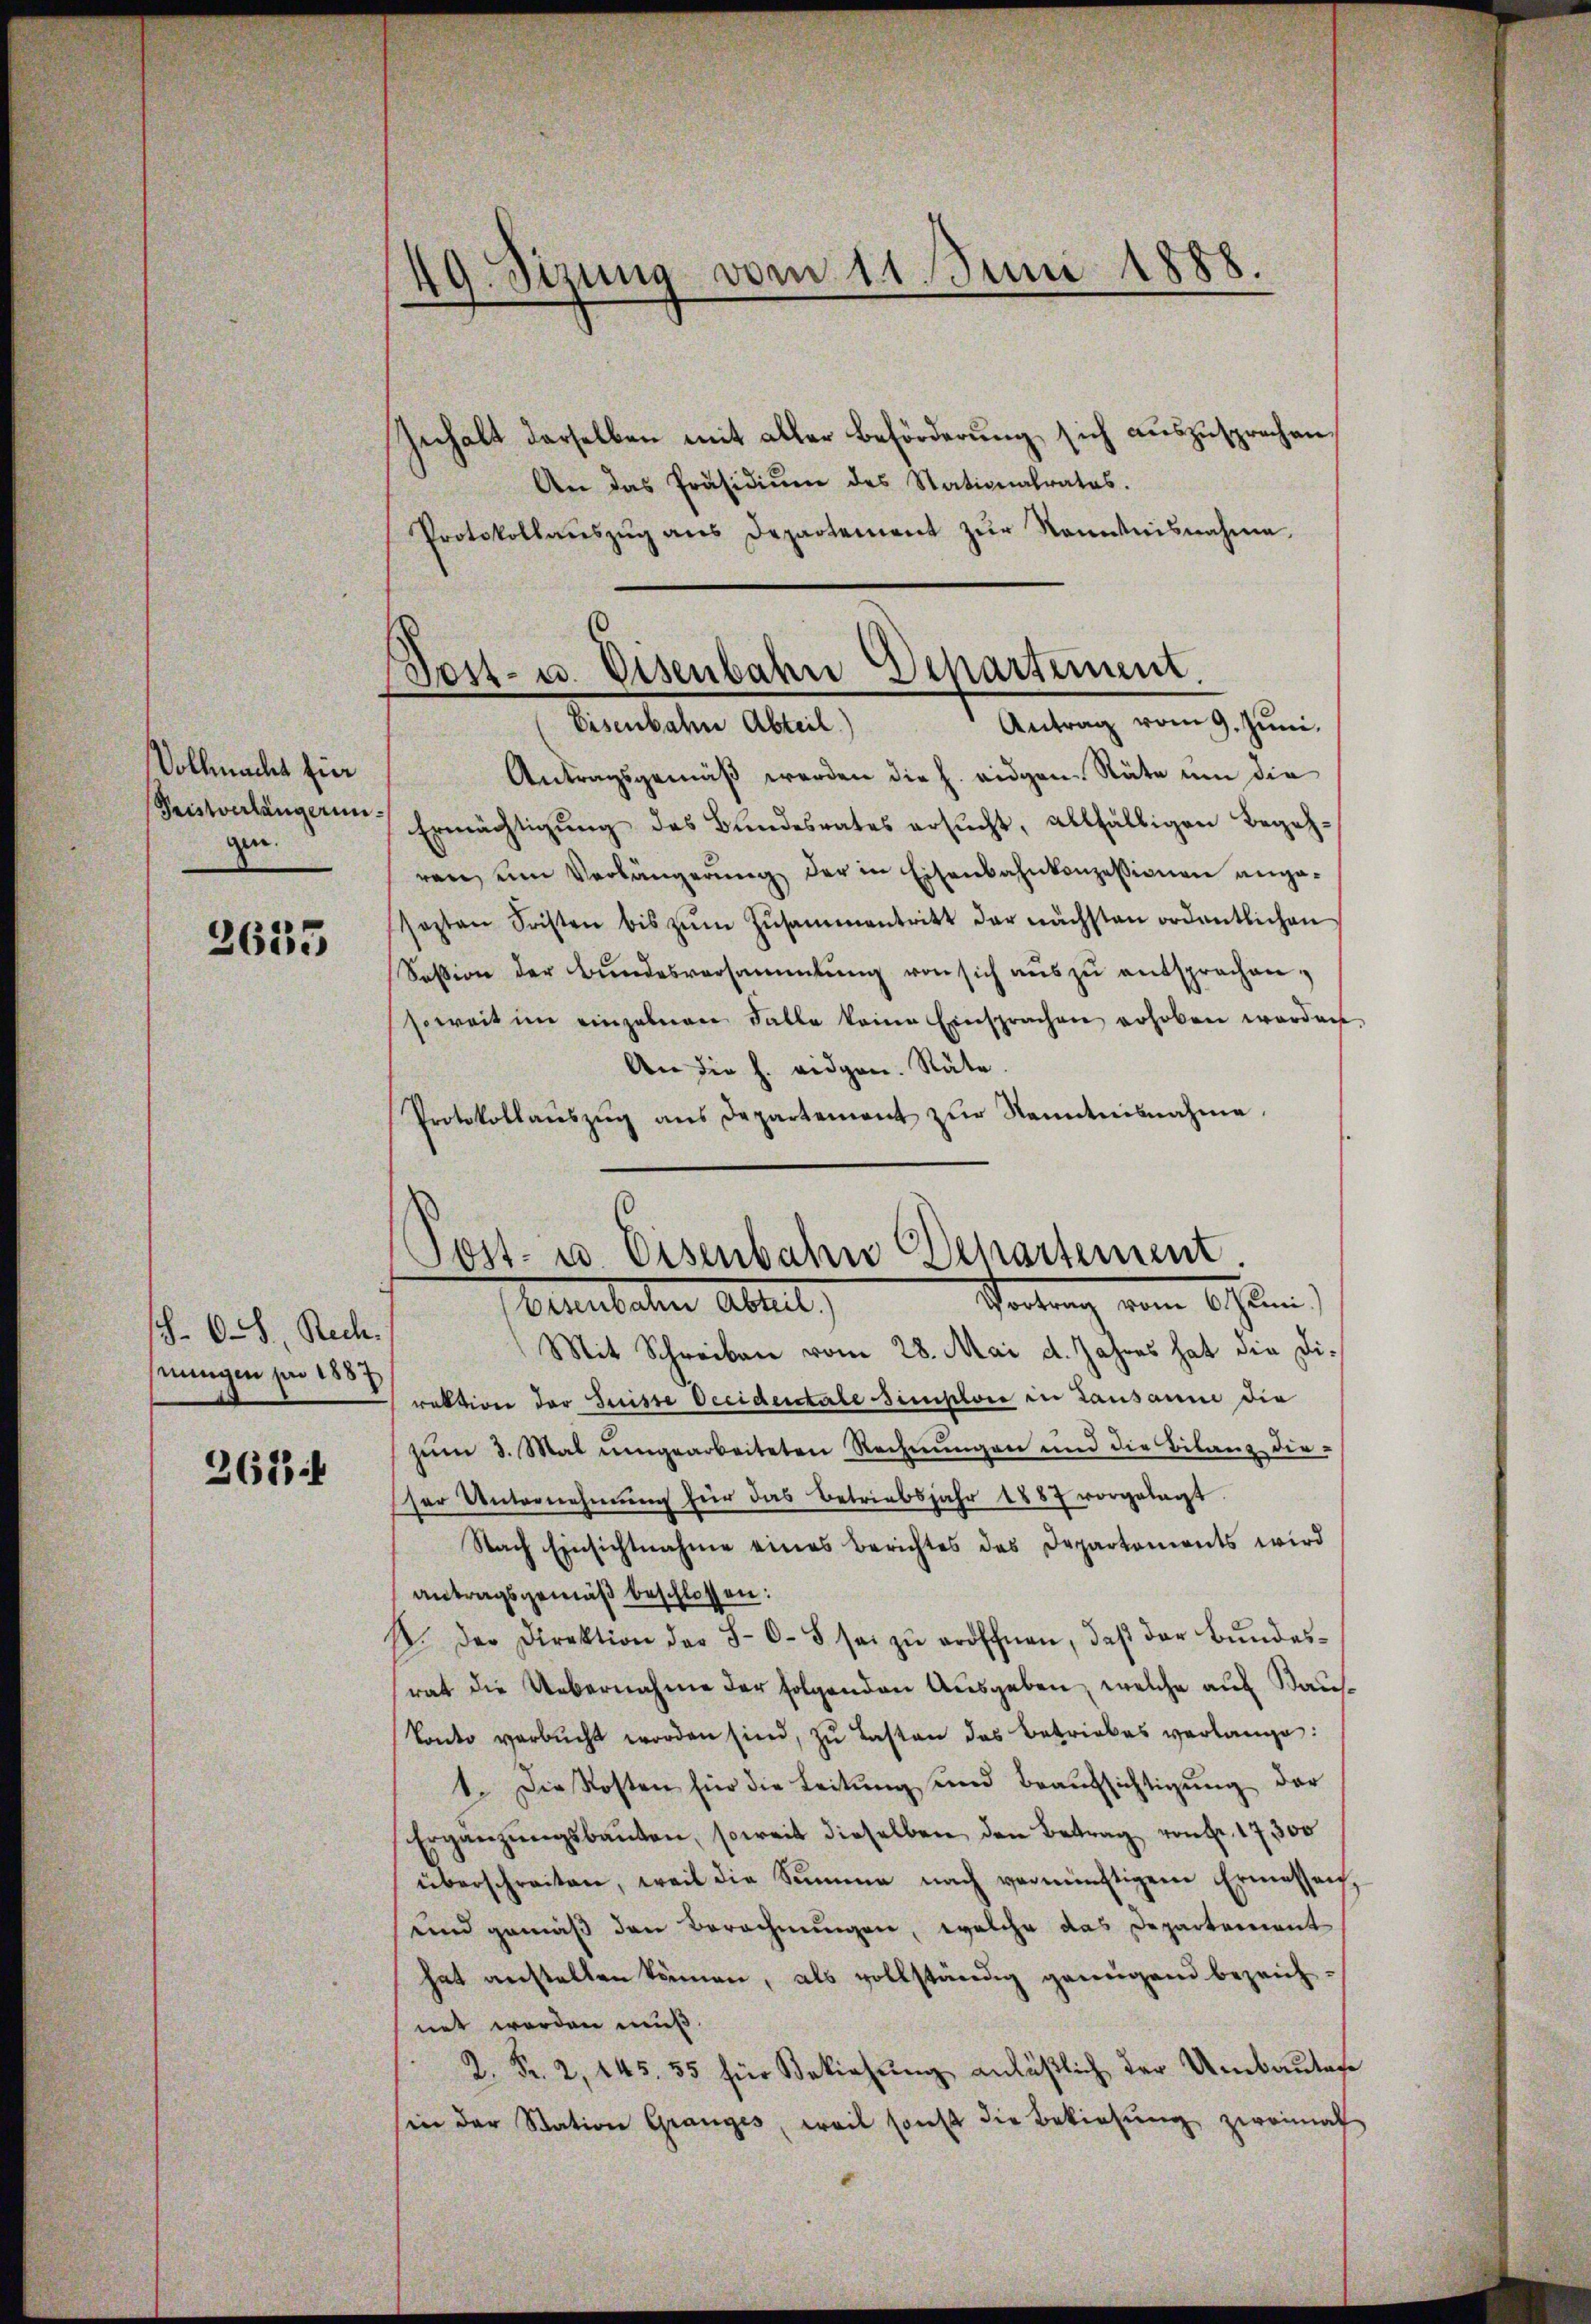
Vollmacht für
Tristverlängerun
zen.

2635

.6.8., Rech
hnungen pro 1887

261 f

49. Sizung vom 11. Juni 1888.

Post- u. Eisenbahn Dchartement.
Antrag vom 9. Juni.

Inchalt derselben mit aller Beförderung sich auszusprechen,
An das Präsidiŭm des Stationalrates.
Protokollaŭszŭg ans Departement zŭr Nominisnahme.
Eisenbahne Abteil)
Antragsgemäß werden die h. eidgen. Räte um die
Ermächtigung des Bundesrates ersucht, allfälligen Begehren, um Verlängerŭng der in Eisenbahnkonzessionen angesezten Fristen bis zŭm Zŭsammentritt der nächsten ordentlichen
Session der Bŭndesversammlung von sich aŭs zŭ entsprachen.
soweit im einzelnen Falle keine Einsprachen erhoben worden
An die h. eidgen. Räte.
Protokollaŭszŭg ans Departement zŭr Kenntnisnahme.

Sost- u. Eisenbahn Departement.
Scheidung vom 6. Juni,
Beunbaten Abteil

Mit Schreiben vom 28. Mai d. Jahres hat die Diraktion der Geiste Occidentale simploie in Lausanne die
zŭm 3. Mai umgearbeiteten Rechnŭngen und die Bilanz die-
ser Unternehmung für das Betriebsjahr 1887 vorgelegt
Nach Einsichtnahme eines Berichtes des Departements wird
antragsgemäß beschlossen:
B. Der Direktion der 80-5 sei zŭ eröffnen, daβ der Bŭndes-
rat die Uebernahme der folgenden Ausgaben, welche auf Bau¬
Vonto verbŭcht worden sind, zŭ lasten das Betriebes verlange:
1. Die Kosten für die Leitŭng und Beaŭfsichtigŭng der
Ergänzŭngsbauten, soweit dieselben den Betrag von Fr. 17300
überschreiten, weil die Summe nach vernünftigem Ermessen,
und gemäß den Berechnungen, welche das Departement
hat anstellen können, als vollständig genügend bezeich-
net worden muß.
2. Fr. 2, 445. 55 für Beziehung anläßlich der Umbautes
in der Station Granges weil sonst die Bekiesŭng zweimal